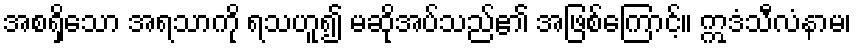
အစရှိသော အရသာကို ရသဟူ၍ မဆိုအပ်သည်၏ အဖြစ်ကြောင့်။ ဣဒံသီလံနာမ၊